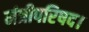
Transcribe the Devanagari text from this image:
मंत्रीपरिषद।